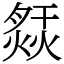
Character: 𤍙